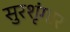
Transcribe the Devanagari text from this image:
सुरशृंगार